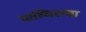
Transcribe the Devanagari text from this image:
पाल्मिराचा